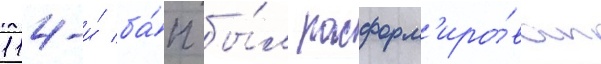
114-и́ ба́п бы́л расформ'иро́ван